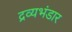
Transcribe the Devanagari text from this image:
द्रव्यभंडार